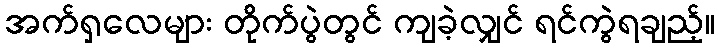
အက်ရှလေများ တိုက်ပွဲတွင် ကျခဲ့လျှင် ရင်ကွဲရချည့်။